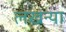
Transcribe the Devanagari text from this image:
लखन्या